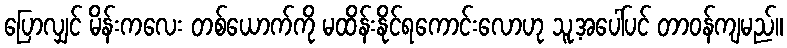
ပြောလျှင် မိန်းကလေး တစ်ယောက်ကို မထိန်းနိုင်ရကောင်းလောဟု သူ့အပေါ်ပင် တာဝန်ကျမည်။